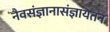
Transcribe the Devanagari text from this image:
नैवसंज्ञानासंज्ञायतन